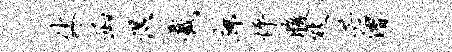
休函湿截廊怦腹熊芒僧